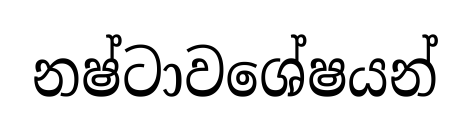
නෂ්ටාවශේෂයන්